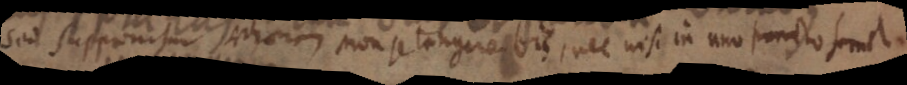
sed supponitur sectionem non se tangue bis, nec nisi in uno puncto semel.